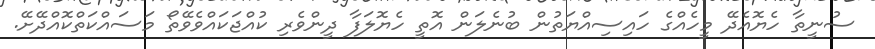
ސުނީތާ ހެޔޮއެދޭ މީހެއްގެ ހައިސިއްޔަތުން ބުނެލަން އޮތީ ހެޔޮލަފާ ދީންވެރި ކުއްޖަކައްވެވޭތޯ މަސައްކަތްކޮއްދޭށޭ.